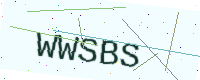
Text: WWSBS